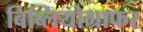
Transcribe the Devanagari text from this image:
बिब्लियोग्राफर